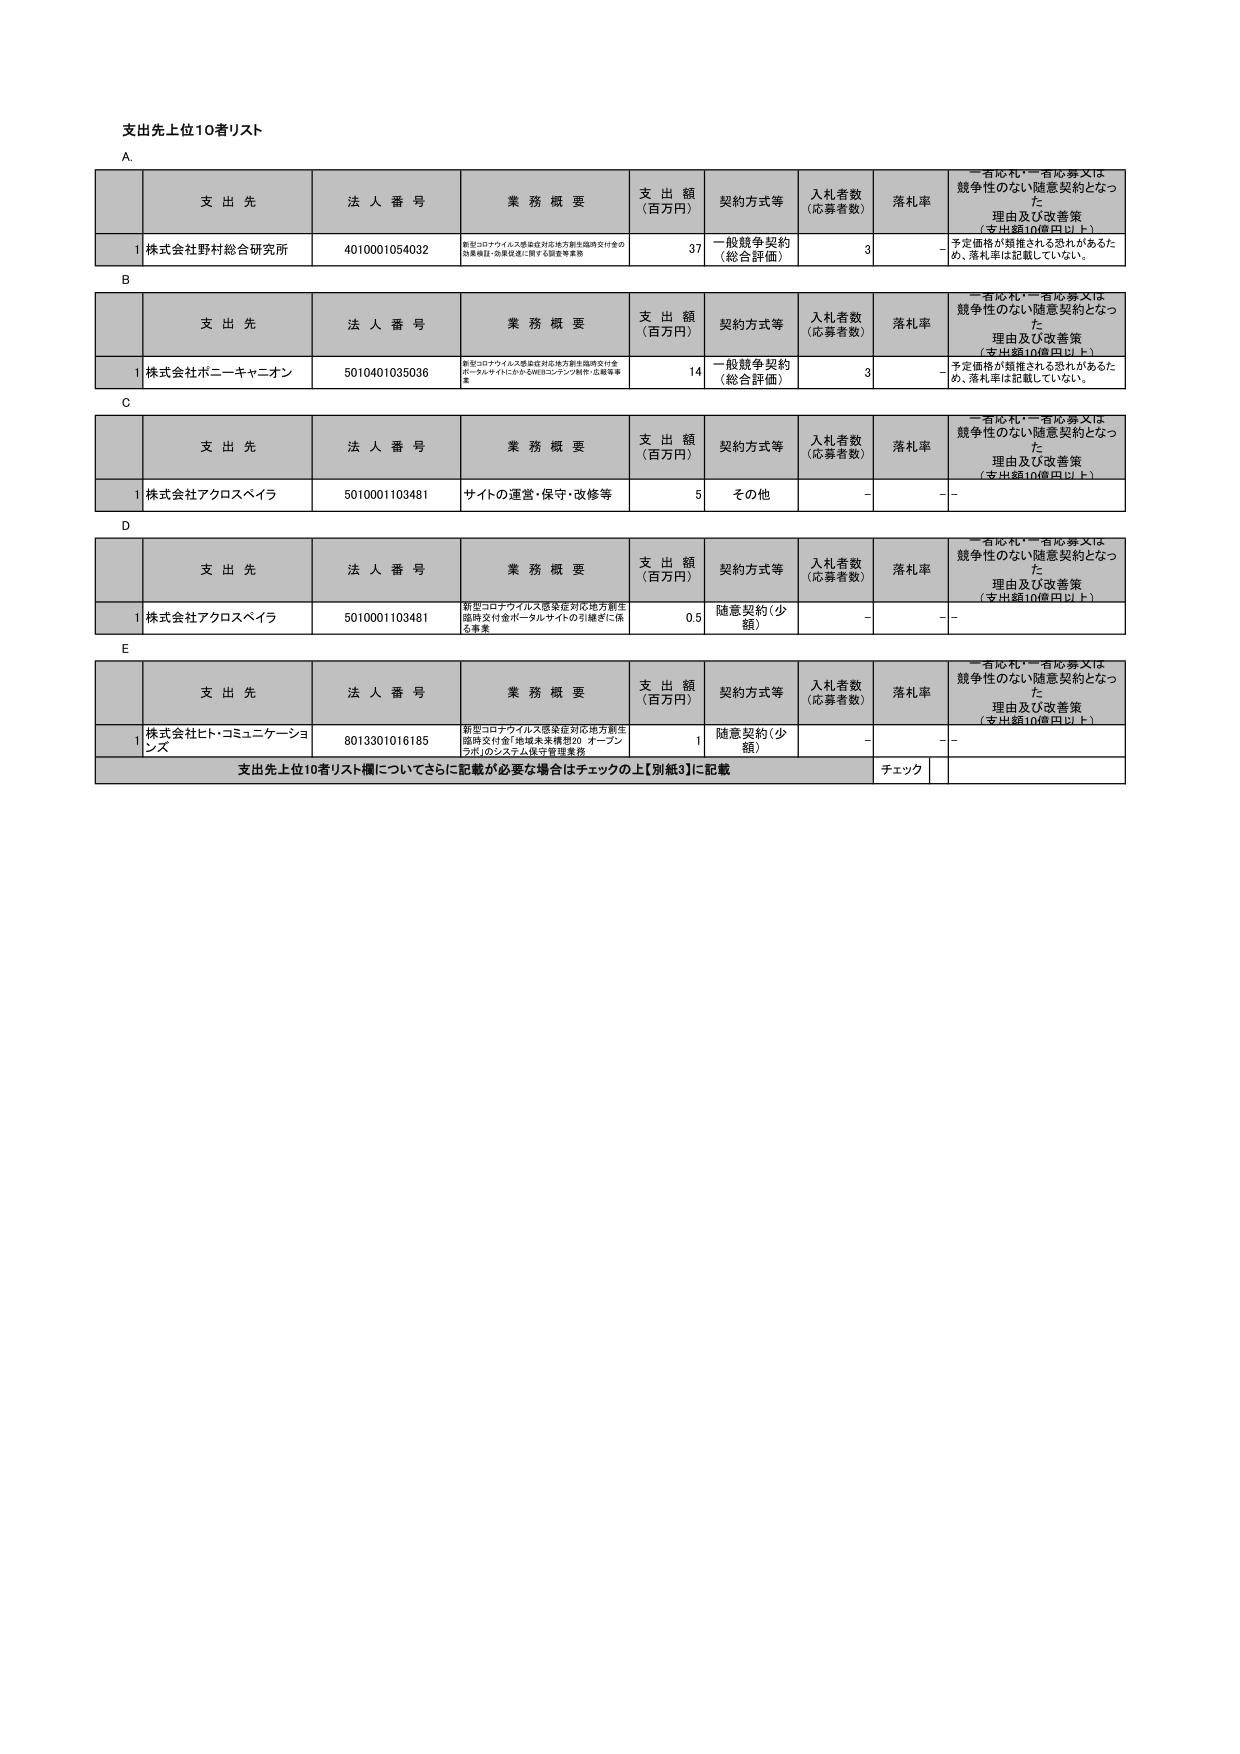
支出先上位10者リスト

A
支出先 法人番号 業務概要 支出額（百万円） 契約方式等 入札者数（応募者数） 落札率 “有札”・“有応募”又は競争性のない随意契約となった理由及び改善策（支出額10億円以上）
1 株式会社野村総合研究所 4010001054032 新型コロナウイルス感染症対応地方創生臨時交付金の効果検証・政策提言に関する調査等業務 37 一般競争契約（総合評価） 3 - 予定価格が類推される恐れがあるため、落札率は記載していない。

B
支出先 法人番号 業務概要 支出額（百万円） 契約方式等 入札者数（応募者数） 落札率 “有札”・“有応募”又は競争性のない随意契約となった理由及び改善策（支出額10億円以上）
1 株式会社ボニーキャニオン 5010401035036 新型コロナウイルス感染症対応地方創生臨時交付金ポータルサイトにかかるWEBコンテンツ制作・広報等事業 14 一般競争契約（総合評価） 3 - 予定価格が類推される恐れがあるため、落札率は記載していない。

C
支出先 法人番号 業務概要 支出額（百万円） 契約方式等 入札者数（応募者数） 落札率 “有札”・“有応募”又は競争性のない随意契約となった理由及び改善策（支出額10億円以上）
1 株式会社アクロスペイラ 5010001103481 サイトの運営・保守・改修等 5 その他 - - -

D
支出先 法人番号 業務概要 支出額（百万円） 契約方式等 入札者数（応募者数） 落札率 “有札”・“有応募”又は競争性のない随意契約となった理由及び改善策（支出額10億円以上）
1 株式会社アクロスペイラ 5010001103481 新型コロナウイルス感染症対応地方創生臨時交付金ポータルサイトの引継ぎに係る事業 0.5 随意契約（少額） - - -

E
支出先 法人番号 業務概要 支出額（百万円） 契約方式等 入札者数（応募者数） 落札率 “有札”・“有応募”又は競争性のない随意契約となった理由及び改善策（支出額10億円以上）
1 株式会社ヒト・コミュニケーションズ 8013301016185 新型コロナウイルス感染症対応地方創生臨時交付金「地域未来構想20 オープンラボ」のシステム保守管理業務 1 随意契約（少額） - - -

支出先上位10者リスト欄についてさらに記載が必要な場合はチェックの上【別紙3】に記載 チェック